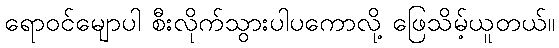
ရောဝင်မျောပါ စီးလိုက်သွားပါပကောလို့ ဖြေသိမ့်ယူတယ်။